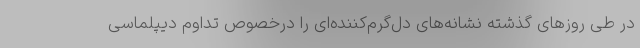
در طی روزهای گذشته نشانه‌های دل‌گرم‌کننده‌ای را درخصوص تداوم دیپلماسی